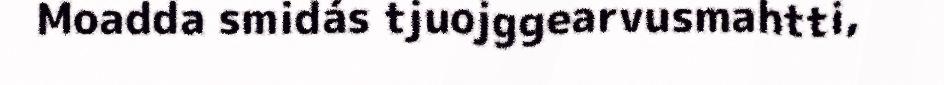
Moadda smidás tjuojggearvusmahtti,